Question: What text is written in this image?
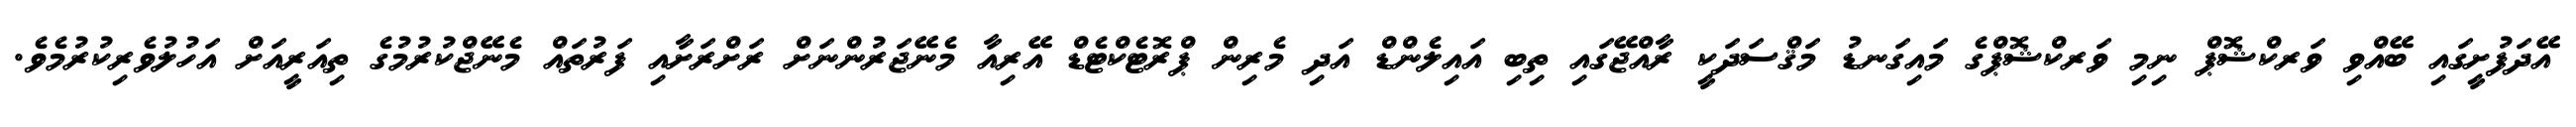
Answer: އޭދަފުށީގައި ބޭއްވި ވަރކްޝޮޕް ނިމި ވަރކްޝޮޕްގެ މައިގަނޑު މަޤްސަދަކީ ރާއްޖޭގައި ތިބި އައިލެންޑް އަދި މެރިން ޕްރޮޓެކްޓެޑް އޭރިއާ މެނޭޖަރުންނަށް ރަށްރަށާއި ފަރުތައް މެނޭޖްކުރުމުގެ ތިއަރީއަށް އަހުލުވެރިކުރުމެވެ.